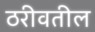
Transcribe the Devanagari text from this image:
ठरीवतील